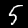
Digit: 5